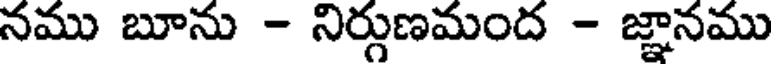
నము బూను - నిర్గుణమంద - జ్ఞానము